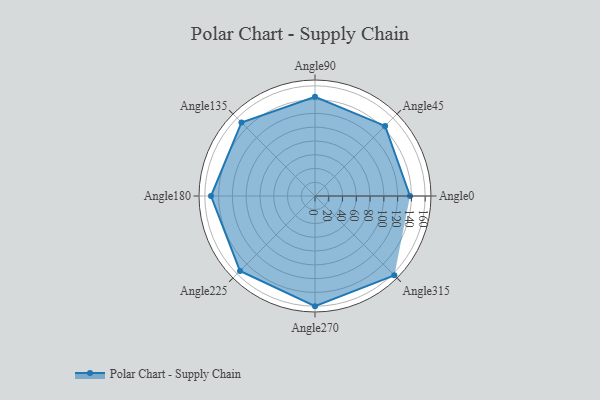
{"axis": {"x": "Angle", "y": "Radius"}, "legend": [""], "data": [{"x": "Angle0", "y": 138.0, "type": ""}, {"x": "Angle45", "y": 144.0, "type": ""}, {"x": "Angle90", "y": 144.0, "type": ""}, {"x": "Angle135", "y": 151.0, "type": ""}, {"x": "Angle180", "y": 151.0, "type": ""}, {"x": "Angle225", "y": 154.0, "type": ""}, {"x": "Angle270", "y": 160.0, "type": ""}, {"x": "Angle315", "y": 163.0, "type": ""}]}